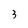
Character: 3